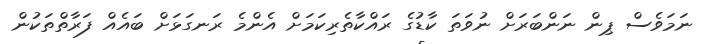
ނަމަވެސް ޕިން ނަންބަރަށް ނުވަތަ ކާޑުގެ ރައްކާތެރިކަމަށް އެންމެ ރަނގަޅަށް ބައެއް ފަރާތްތަކުން